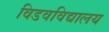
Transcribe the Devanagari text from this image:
विडवविद्यालय